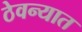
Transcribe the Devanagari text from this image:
ठेवन्यात